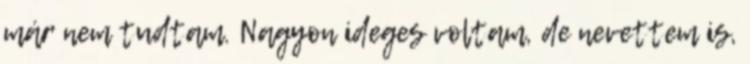
már nem tudtam. Nagyon ideges voltam, de nevettem is,